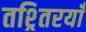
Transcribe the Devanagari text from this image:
तश्र्तिरयाँ